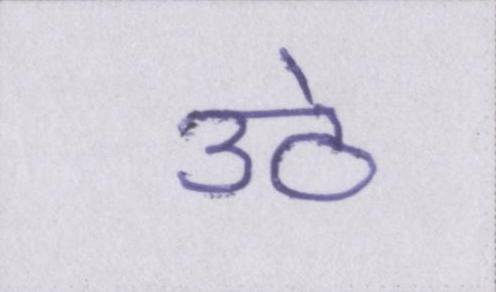
उठे